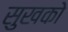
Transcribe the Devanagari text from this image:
सुखको